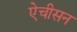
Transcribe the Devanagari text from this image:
ऐचीसन